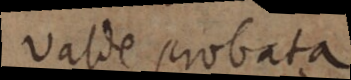
valde probata